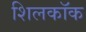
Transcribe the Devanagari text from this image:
शिलकॉक